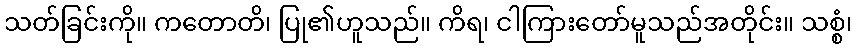
သတ်ခြင်းကို။ ကတောတိ၊ ပြု၏ဟူသည်။ ကိရ၊ ငါကြားတော်မူသည်အတိုင်း။ သစ္စံ၊